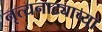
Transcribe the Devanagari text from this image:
नृत्यनाट्याच्या